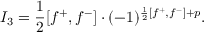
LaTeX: I _ { 3 } = \frac { 1 } { 2 } [ f ^ { + } , f ^ { - } ] \cdot ( - 1 ) ^ { \frac { 1 } { 2 } [ f ^ { + } , f ^ { - } ] + p } .